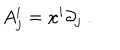
LaTeX: A _ { j } ^ { i } = x ^ { i } \partial _ { j } \; .